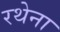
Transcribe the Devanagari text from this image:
रथेना